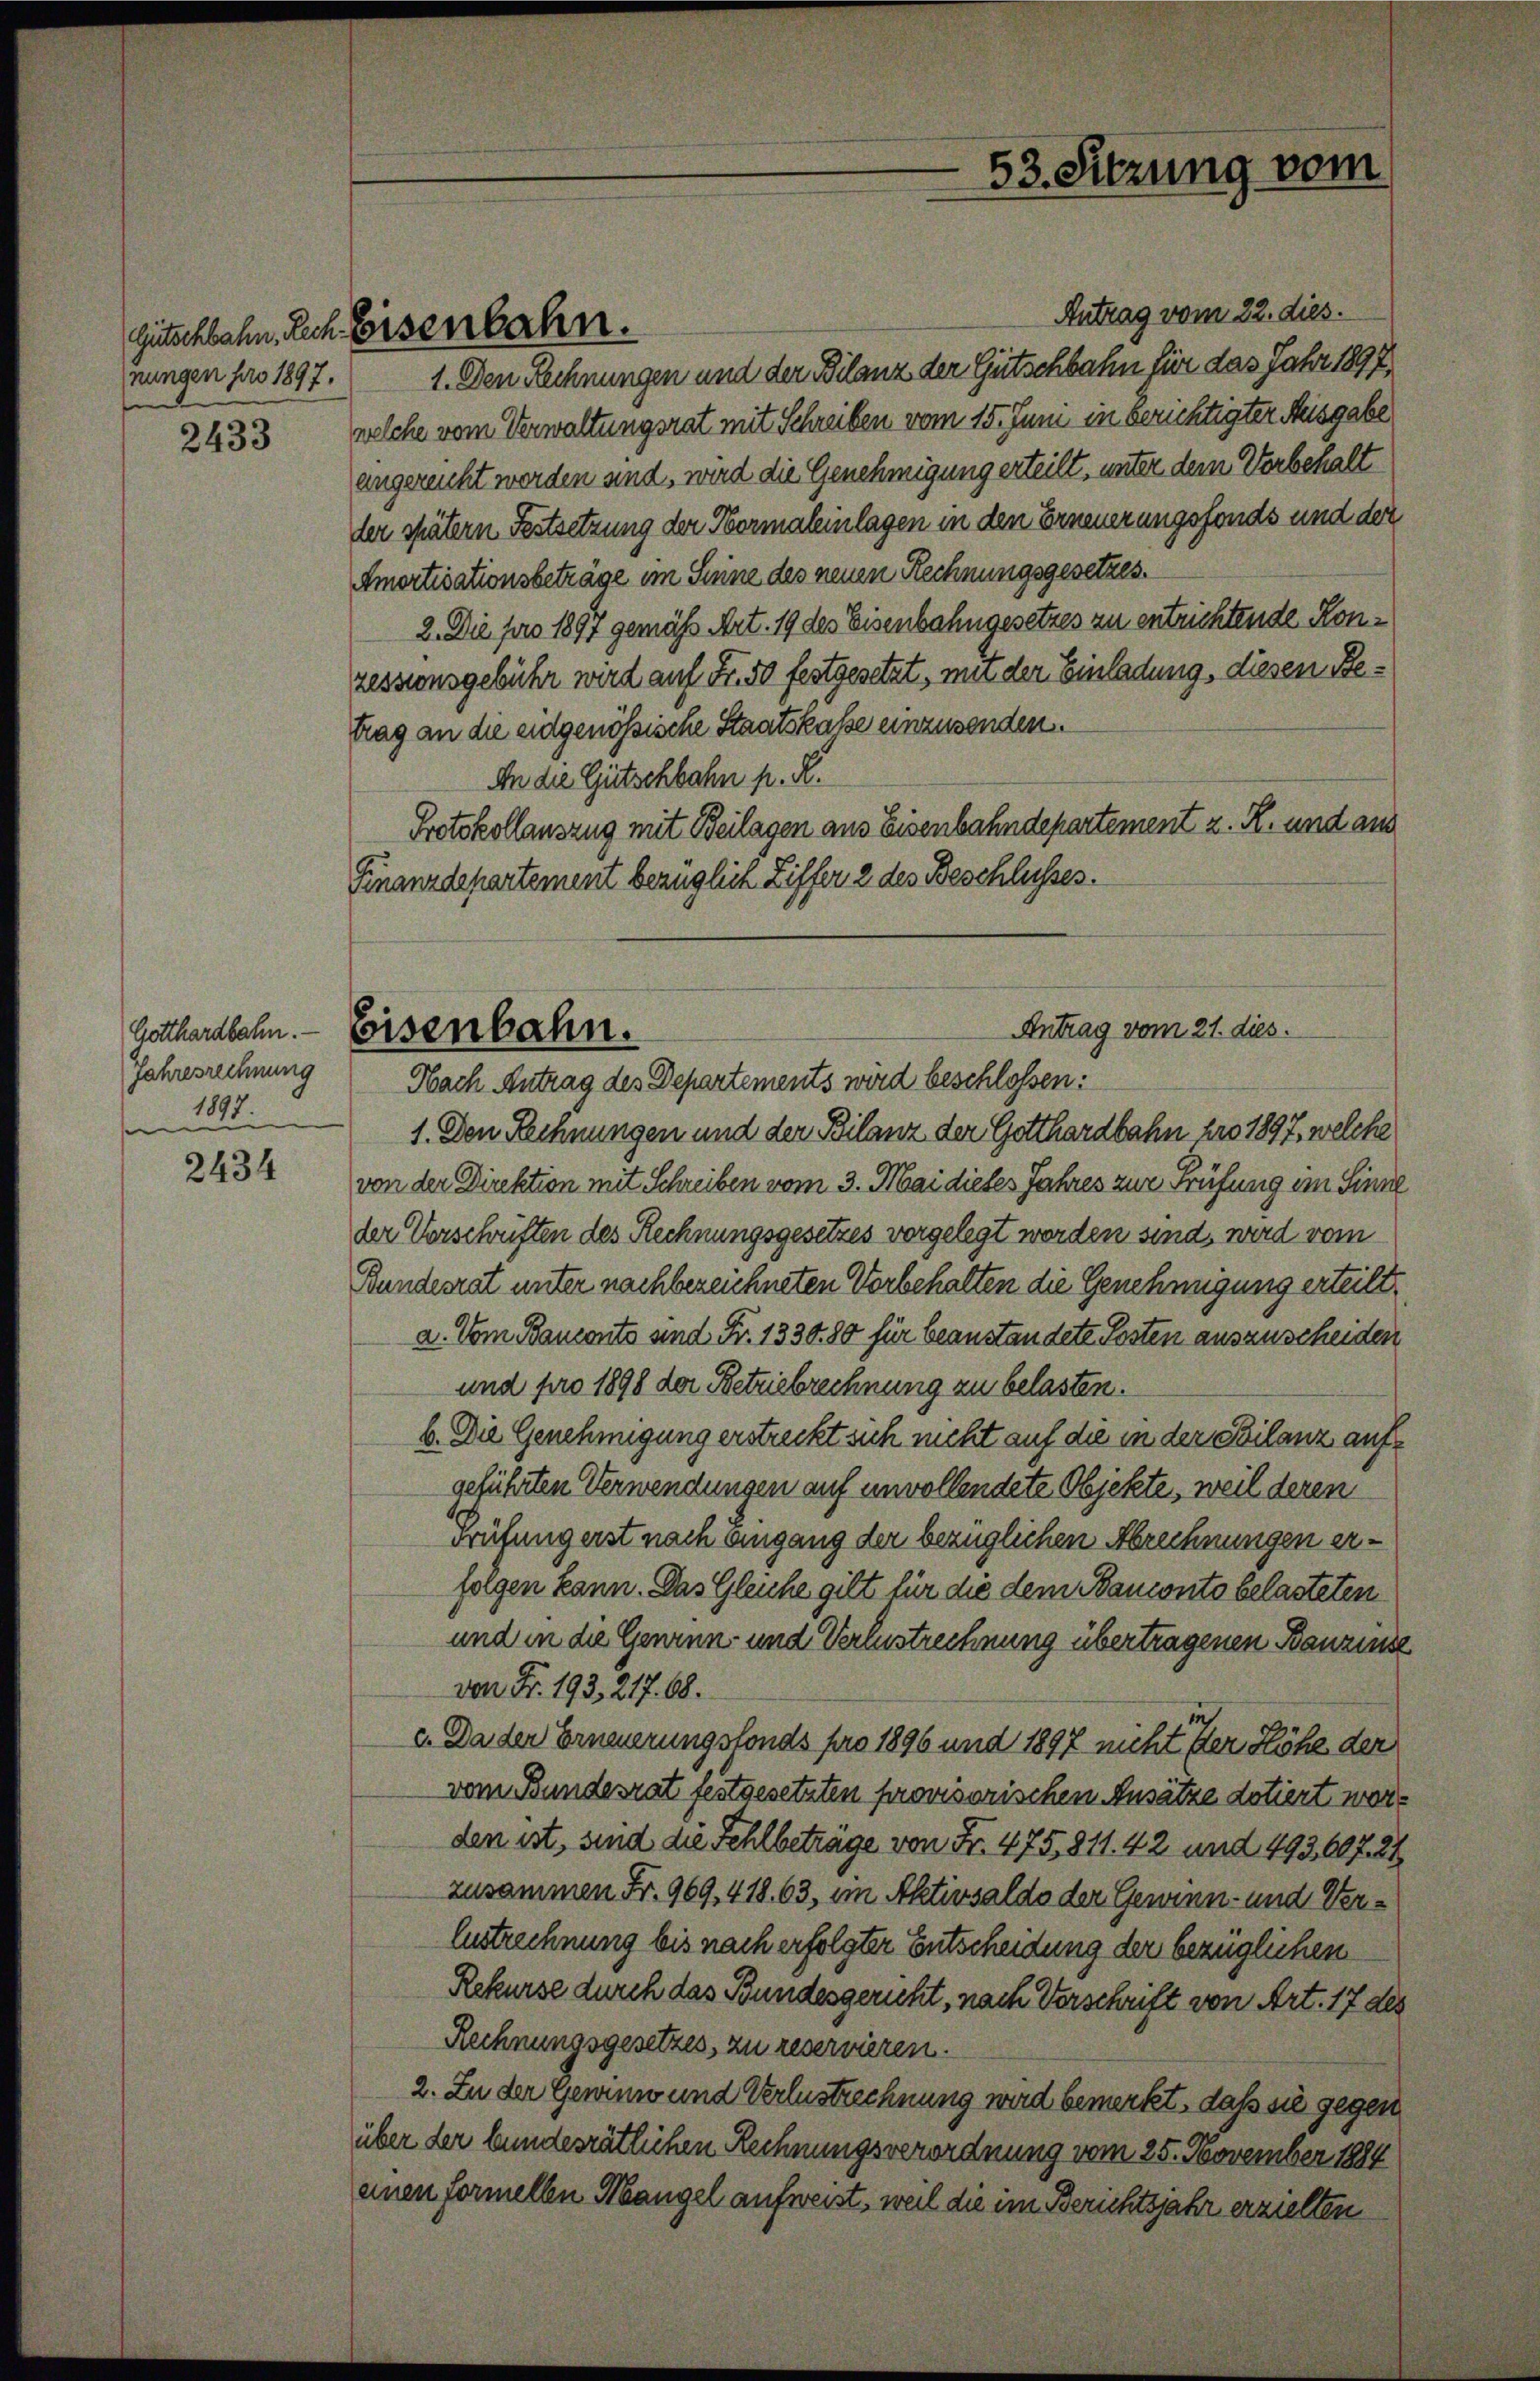
2433

Gotthardbahn.
Jahresrechnung
1897.
se

2434

Antrag vom 22. dies.
nungen pro 1897. 1. Den Rechnungen und der Bilanz der Gütschbahn für das Jahr 1897.
welche vom Verwaltungsrat mit Schreiben vom 15. Juni in berichtigter Ausgabe
angereicht werden und, wird die Genehmigung erteilt, unter dem Vorbehalt
der spätern Festsetzung der Normaleinlagen in den Erneuerungsfonds und der
Amortisationsbeträge im Seine des neuen Rechnungsgesetzes.
2. Die pro 1897 gemäß Art. 19 des Eisenbahngesetzes zu entrichtende Konzessionsgebühr wird auf Fr. 50 festgesetzt, mit der Einladung, diesen Betrag an die eidgenössische Staatskasse einzusenden.
An die Gutschbahn p. R.
Protokollauszug mit Beilagen aus Eisenbahndepartement z. R. und aus
Finanzdepartement bezüglich Ziffer 2 des Beschlusses.

Gütschbahn. Eich Eisenbahn.

1. Den Rechnungen und der Bilanz der Gotthardbahn pro 1897, welche
von der Direktion mit Schreiben vom 3. Mai dieses Jahres zur Prüfung im Sinne
der Vorschriften des Rechnungsgesetzes vorgelegt worden sind, wird vom
Bundesrat unter nachbezeichneten Vorbehalten die Genehmigung erteilt,
a. Vom Banconto sind Fr. 1330. 80 für beanstandete Posten auszuscheiden
und pro 1898 der Betriebrechnung zu belasten.
b. Die Genehmigung erstreckt sich nicht auf die in der Szilanz auf
geführten Verwendungen auf unvollendete Objekte, weil deren
Prüfung erst nach Eingang der bezüglichen Abrechnungen erfolgen kann. Das Gleiche gilt für die dem Banconto belasteten
und in die Genann- und Verlustrechnung übertragenen Banzinse
von Fr. 193. 217. 68.
c. Da der Erneuerungsfonds pro 1896 und 1897 nicht der Höhe der
vom Bundesrat festgesetzten provisorischen Ansätze dotiert worden ist, sind die Fehlbeträge von Fr. 475, 811. 42 und 493,607. 24
zusammen Fr. 969, 418. 63, im Aktivsaldo der Gewinn- und Ver¬
Eustrechnung bis nach erfolgter Entscheidung der bezüglichen
Rekurse durch das Bundesgericht, nach Verschrift von Art. 17 des
Rechnungsgesetzes, zu reservieren.
2. In der Gewinn und Verlustrechnung wird bemerkt, daß sie gegen
über der bundesrätlichen Rechnungsverordnung vom 25. November 1884
einen formellen Mangel aufweist, weil die im Berichtsjahr erzielten

53. Sitzung vom

Antrag vom 21. dies.
Eisenbahn.
Nach Antrag des Departements wird beschlossen: